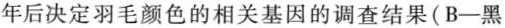
年后决定羽毛颜色的相关基因的调查结果(B-黑